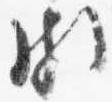
頗